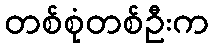
တစ်စုံတစ်ဦးက